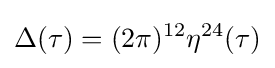
\Delta (\tau )=(2\pi )^{12}\eta ^{24}(\tau )